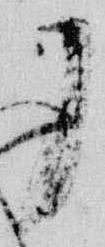
了